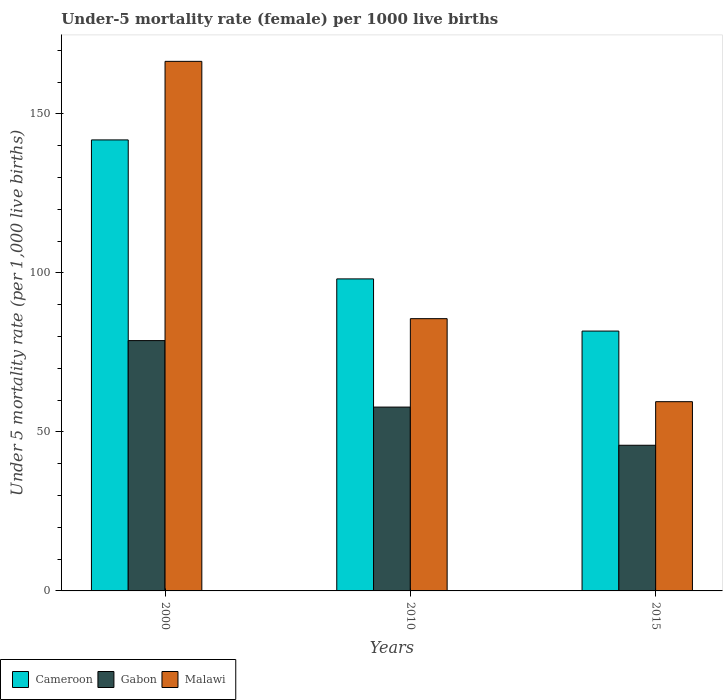
| Years | Cameroon | Gabon | Malawi |
 | --- | --- | --- | --- |
 | 2000 | 142 | 78.7 | 166 |
 | 2010 | 98.1 | 57.8 | 85.6 |
 | 2015 | 81.7 | 45.8 | 59.5 |